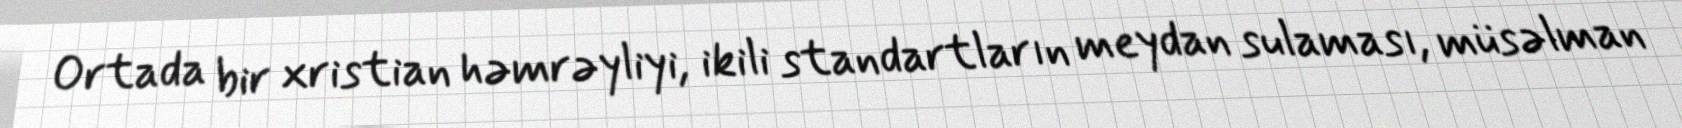
Ortada bir xristian həmrəyliyi, ikili standartların meydan sulaması, müsəlman